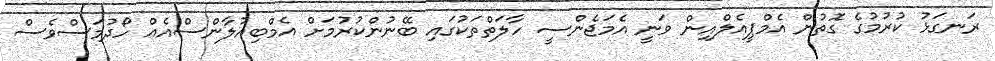
ރަނގަޅު ކުރުމުގެ ގޮތުން އެމްޕީއެލްއިން ވަނީ އެމަޖެންސީ ހާލަތްތަކުގައި ބޭނުންކުރުމަށް އެމްބިއުލާންސްއެއް ހޯދުމަސްވެސް